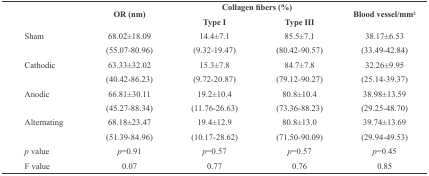
|  | <ROWSPAN=2> OR (nm) | <COLSPAN=2> Collagen fibers (%) | <ROWSPAN=2> Blood vessel/mm2 |
 |  | Type I | Type III |
 | --- | --- | --- | --- | --- |
 | Sham | 68.02±18.09 | 14.4±7.1 | 85.5±7.1 | 38.17±6.53 |
 |  | (55.07-80.96) | (9.32-19.47) | (80.42-90.57) | (33.49-42.84) |
 | Cathodic | 63.33±32.02 | 15.3±7.8 | 84.7±7.8 | 32.26±9.95 |
 |  | (40.42-86.23) | (9.72-20.87) | (79.12-90.27) | (25.14-39.37) |
 | Anodic | 66.81±30.11 | 19.2±10.4 | 80.8±10.4 | 38.98±13.59 |
 |  | (45.27-88.34) | (11.76-26.63) | (73.36-88.23) | (29.25-48.70) |
 | Alternating | 68.18±23.47 | 19.4±12.9 | 80.8±13.0 | 39.74±13.69 |
 |  | (51.39-84.96) | (10.17-28.62) | (71.50-90.09) | (29.94-49.53) |
 | p value | p=0.91 | p=0.57 | p=0.57 | p=0.45 |
 | F value | 0.07 | 0.77 | 0.76 | 0.85 |